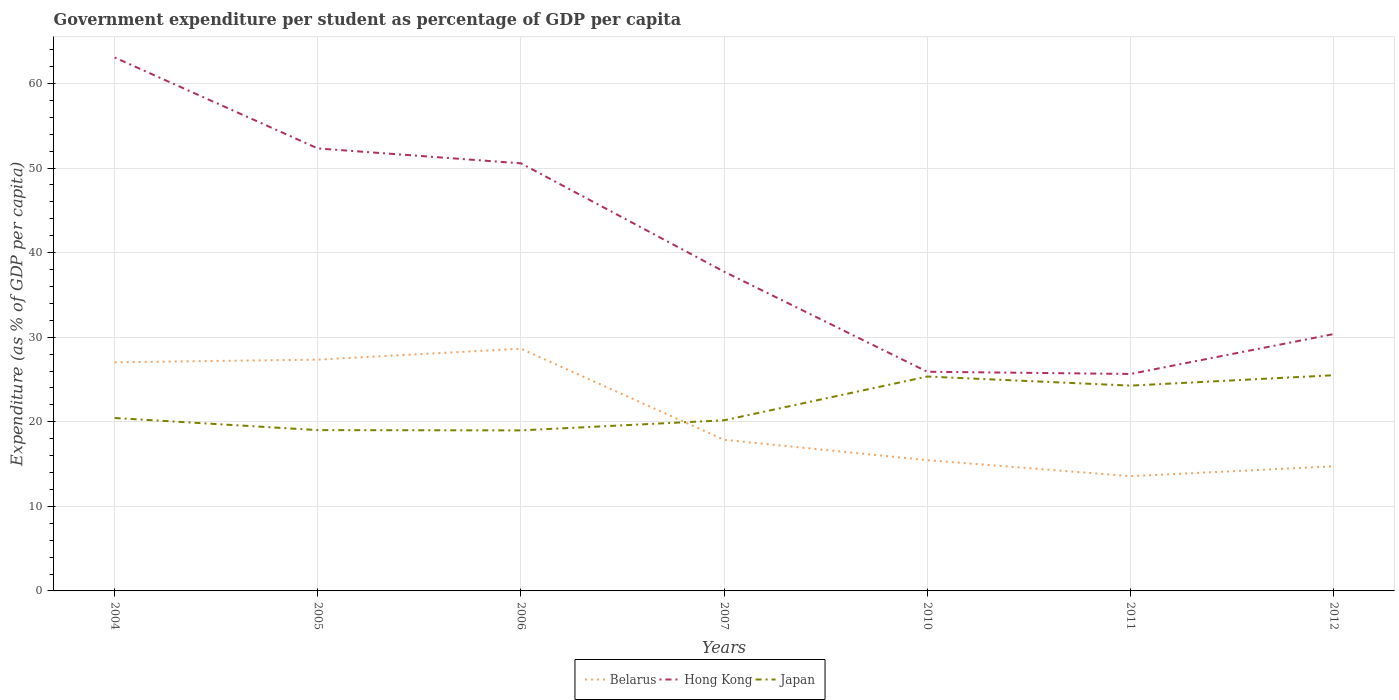
| Years | Belarus | Hong Kong | Japan |
 | --- | --- | --- | --- |
 | 2004 | 27 | 63.1 | 20.4 |
 | 2005 | 27.3 | 52.3 | 19 |
 | 2006 | 28.6 | 50.6 | 19 |
 | 2007 | 17.9 | 37.8 | 20.2 |
 | 2010 | 15.5 | 25.9 | 25.4 |
 | 2011 | 13.6 | 25.7 | 24.3 |
 | 2012 | 14.7 | 30.4 | 25.5 |